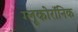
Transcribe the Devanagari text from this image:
ग्लूकोरॉनिक